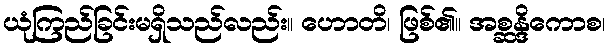
ယုံကြည်ခြင်းမရှိသည်လည်း။ ဟောတိ၊ ဖြစ်၏။ အစ္ဆန္ဒိကောစ၊